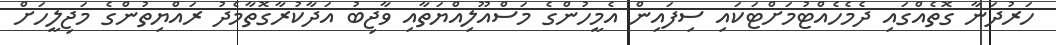
ހަރުދަނާ ގޮތެއްގައި ދެމެހެއްޓުމަށްޓަކައި ސިފައިން އެމީހުންގެ މަސްއޫލިއްޔަތާއި ވާޖިބު އަދާކުރާގޮތާމެދު ރައްޔިތުންގެ މަޖިލީހަށް